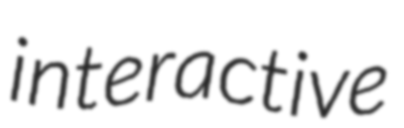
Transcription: interactive